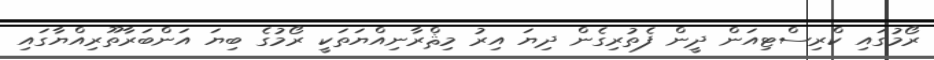
ރޯމުގައި ކްރިސްޓިއަން ދީން ފެތުރިގެން ދިޔަ އިރު މިޘްރާނިއްޔަތަކީ ރޯމުގެ ބިޔަ އަންބަރާތޫރިއްޔާގައި